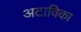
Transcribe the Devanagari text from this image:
अटाविका